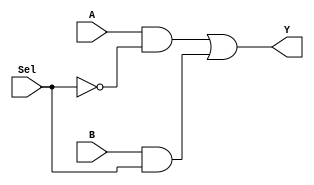
module mux2to1 (
    input wire A,      // First input
    input wire B,      // Second input
    input wire Sel,    // Select line
    output wire Y      // Output
);

// Internal wire for the inverted select line
wire not_Sel;

// Invert the select line
not (not_Sel, Sel);

// Implement the MUX using AND, OR gates
wire and0, and1;

// AND gates for each input
and (and0, A, not_Sel); // A is selected when Sel is 0
and (and1, B, Sel);     // B is selected when Sel is 1

// OR gate to combine the outputs of the AND gates
or (Y, and0, and1); // Output is Y

endmodule